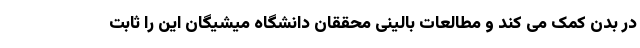
در بدن کمک می کند و مطالعات بالینی محققان دانشگاه میشیگان این را ثابت